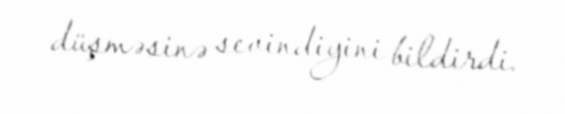
düşməsinə sevindiyini bildirdi.